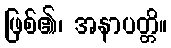
ဖြစ်၏၊ အနာပတ္တိ။